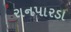
રાનપારડા